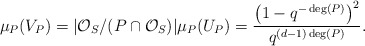
\begin{align*} \mu_P(V_P) = \vert \mathcal{O}_S/(P\cap \mathcal{O}_S) \vert \mu_P(U_P) = \frac{\left(1-q^{-\deg(P)}\right)^2}{q^{(d-1) \deg(P)}}. \end{align*}